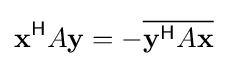
\mathbf {x} ^{\mathsf {H}}A\mathbf {y} =-{\overline {\mathbf {y} ^{\mathsf {H}}A\mathbf {x} }}